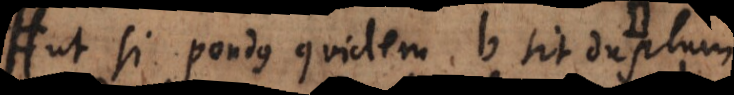
ut si pondus quidem b sit duplum